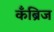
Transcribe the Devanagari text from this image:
कॅंब्रिज